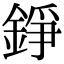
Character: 錚